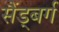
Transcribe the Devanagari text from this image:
सैंड्बर्ग